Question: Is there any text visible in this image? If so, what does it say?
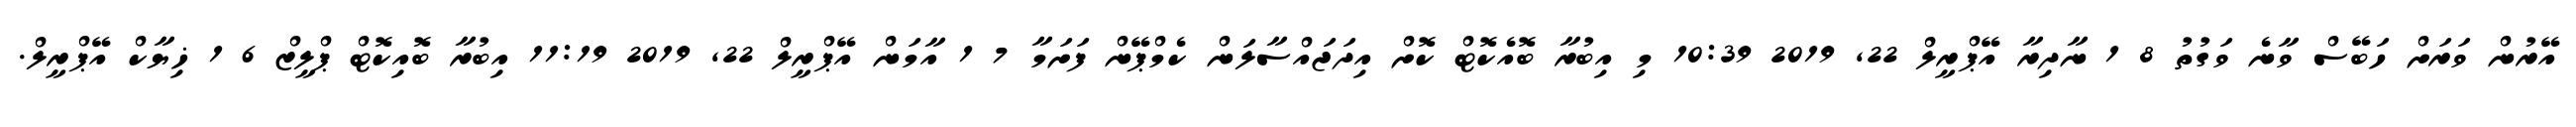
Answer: އޭރުން ވަރަށް ހަބޭސް ވާނެ ވަގުތު 8 1 ނާދިރާ އޭޕްރީލް 22, 2019 10:39 މި އިބުރާ ބޮއެކޮޓް ކޮށް އިދަޖައްސާލަން ކެމްޕޭން ފަށަމާ 7 1 އާމަން އޭޕްރީލް 22, 2019 11:19 އިބުރާ ބޮއިކޮޓް ޕްލީޒް 6 1 ޚިޔާކް އޭޕްރީލް.